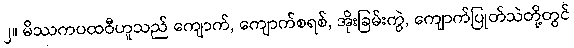
၂။ မိဿကပထဝီဟူသည် ကျောက်, ကျောက်စရစ်, အိုးခြမ်းကွဲ, ကျောက်ပြုတ်သဲတို့တွင်